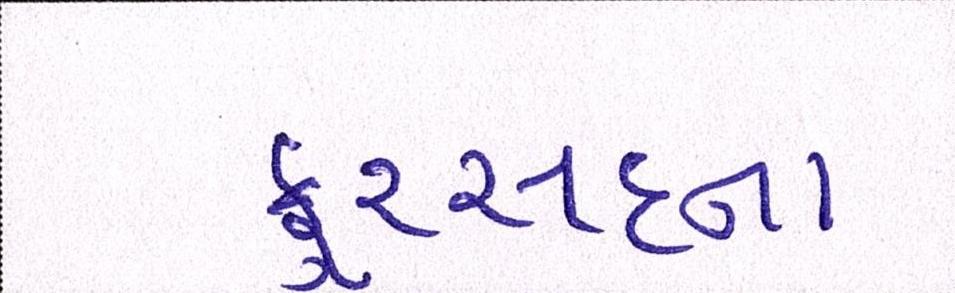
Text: ફુરસદના